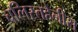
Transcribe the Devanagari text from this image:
चलिस्तहेनीस